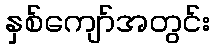
နှစ်ကျော်အတွင်း